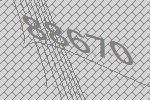
88670